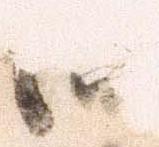
田